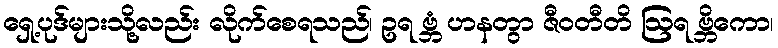
ရှေ့ပုဒ်များသို့လည်း လိုက်စေရသည်၊ ဥရ ဗ္ဘံ ဟနတွာ ဇီဝတီတိ ဩရ ဗ္ဘိကော၊